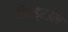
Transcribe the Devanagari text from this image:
विथड्रउल